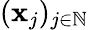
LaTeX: (\mathbf{x}_{j})_{j\in\mathbb{{N}}}